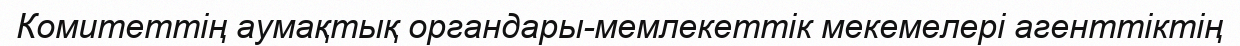
Комитеттің аумақтық органдары-мемлекеттік мекемелері агенттіктің